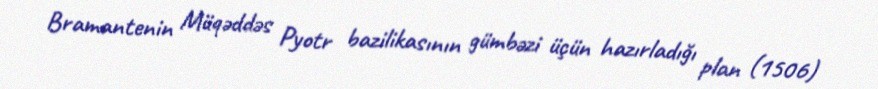
Bramantenin Müqəddəs Pyotr bazilikasının gümbəzi üçün hazırladığı plan (1506)